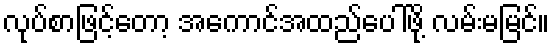
လုပ်စာဖြင့်တော့ အကောင်အထည်ပေါ်ဖို့ လမ်းမမြင်။